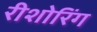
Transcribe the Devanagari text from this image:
रीशोरिंग